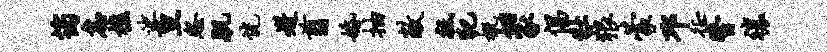
筠怠樵娑旦怨肌恍迸翦婚抽敞祗犯概徊冢倡牡狼蒙邛徵瞥禳